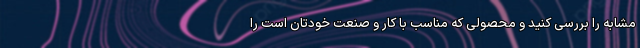
مشابه را بررسی کنید و محصولی که مناسب با کار و صنعت خودتان است را